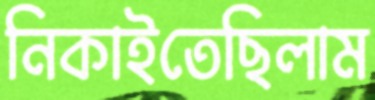
নিকাইতেছিলাম